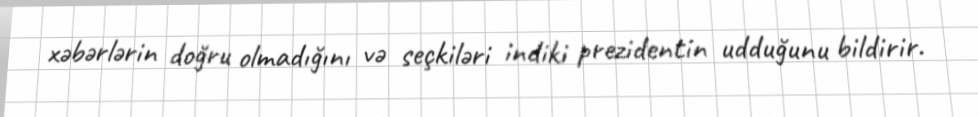
xəbərlərin doğru olmadığını və seçkiləri indiki prezidentin udduğunu bildirir.